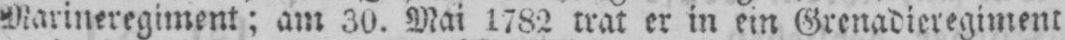
Marineregiment; am 30. Mai 1782 trat er in ein Grenadieregiment